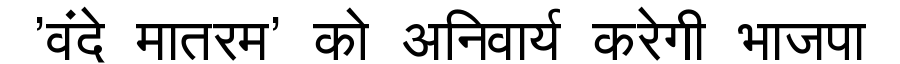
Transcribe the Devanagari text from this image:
'वंदे मातरम' को अनिवार्य करेगी भाजपा